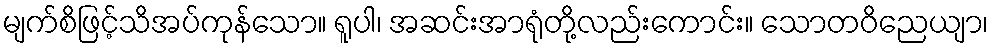
မျက်စိဖြင့်သိအပ်ကုန်သော။ ရူပါ၊ အဆင်းအာရုံတို့လည်းကောင်း။ သောတဝိညေယျာ၊